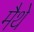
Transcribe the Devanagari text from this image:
मैथे